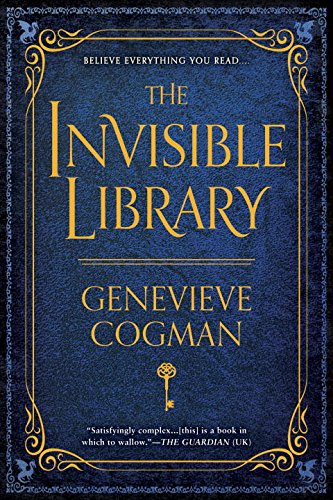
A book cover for The Invisible Library; Genevieve Cogman; Science Fiction & Fantasy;